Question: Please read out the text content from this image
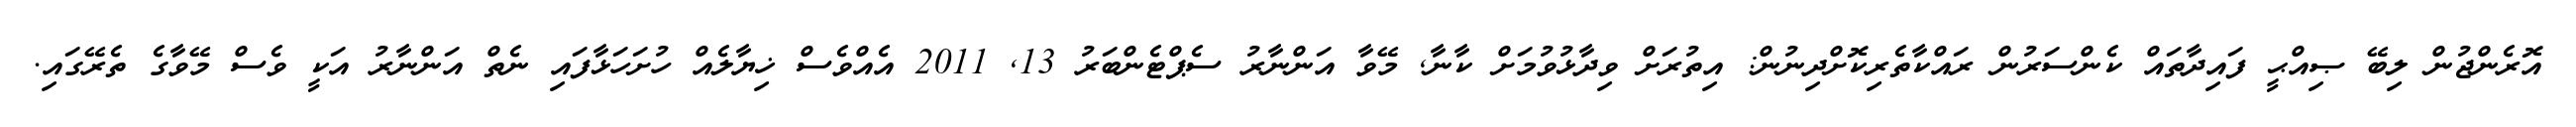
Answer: އޮރެންޖުން ލިބޭ ޞިއްޙީ ފައިދާތައް ކެންސަރުން ރައްކާތެރިކޮށްދިނުން: އިތުރަށް ވިދާޅުވުމަށް ކާނާ, މޭވާ އަންނާރު ސެޕްޓެންބަރު 13, 2011 އެއްވެސް ޚިޔާލެއް ހުށަހަޅާފައި ނެތް އަންނާރު އަކީ ވެސް މޭވާގެ ތެރޭގައި.